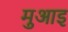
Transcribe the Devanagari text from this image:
मुआइ